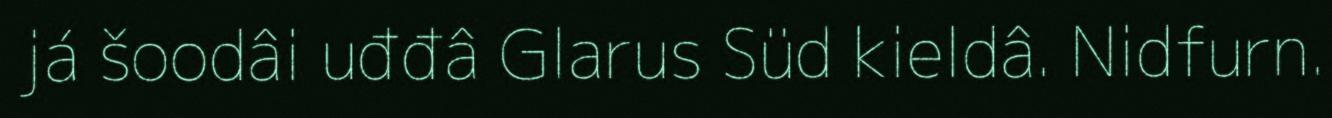
já šoodâi uđđâ Glarus Süd kieldâ. Nidfurn.